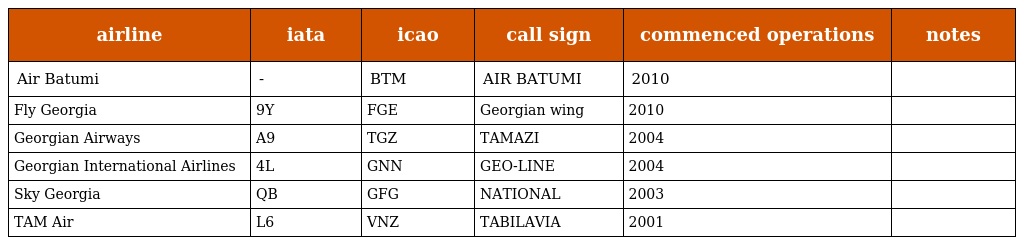
| airline | iata | icao | call sign | commenced operations | notes |
 | --- | --- | --- | --- | --- | --- |
 | Air Batumi | - | BTM | AIR BATUMI | 2010 |  |
 | Fly Georgia | 9Y | FGE | Georgian wing | 2010 |  |
 | Georgian Airways | A9 | TGZ | TAMAZI | 2004 |  |
 | Georgian International Airlines | 4L | GNN | GEO-LINE | 2004 |  |
 | Sky Georgia | QB | GFG | NATIONAL | 2003 |  |
 | TAM Air | L6 | VNZ | TABILAVIA | 2001 |  |